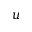
u